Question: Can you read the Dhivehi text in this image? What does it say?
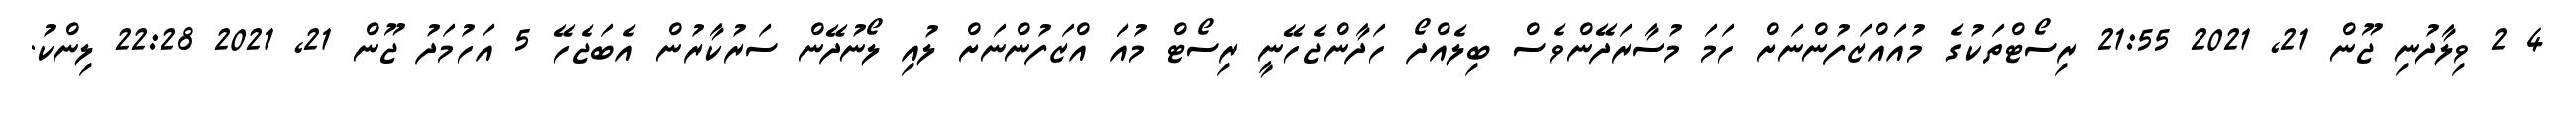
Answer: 4 2 ވިލާދުނި ޖޫން 21, 2021 21:55 ރިސޯޓްތަކުގެ މުއަައްޒަފުންނަށް ހަމަ މުސާރަދޭންވެސް ބިލެއްދޯ ހަދާންޖެހޭނީ ރިސޯޓް މުއަަ އްޒަފުންނަށް ލުއި ލޯނުދޭން ސަރުކާރުން އެބަޖެހޭ 5 އަހުމަދު ޖޫން 21, 2021 22:28 ލިންކު.